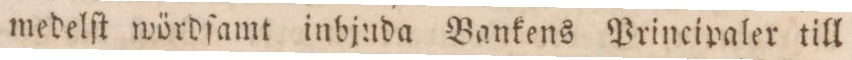
medelſt wördſamt inbjuda Bankens Principaler till